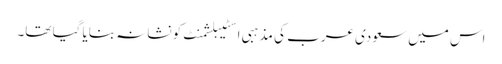
اس میں سعودی عرب کی مذہبی اسٹیبلشمنٹ کو نشانہ بنایا گیا تھا۔